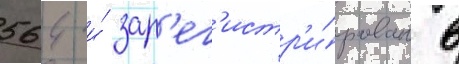
564 и́ зар'ег'истр'и́рован в